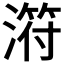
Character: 𣻜